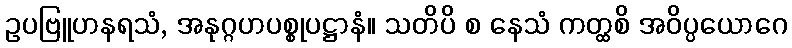
ဥပဗြူဟနရသံ, အနုဂ္ဂဟပစ္စုပဋ္ဌာနံ။ သတိပိ စ နေသံ ကတ္ထစိ အဝိပ္ပယောဂေ